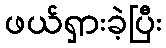
ဖယ်ရှားခဲ့ပြီး